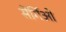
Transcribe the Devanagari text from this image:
सेर्गिओ